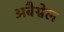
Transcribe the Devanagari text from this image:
अबैग्नेल